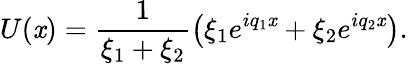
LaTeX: U(\mathit{x})=\frac{{1}}{{\xi_{1}+\xi_{2}}}\left(\xi_{1}e^{iq_{1}\mathit{x}}+\xi_{2}e^{iq_{2}\mathit{x}}\right).